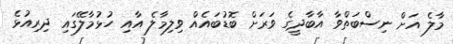
މާލެ އަށް ނިސްބަތްވާ އާބާދީގެ ވަރަށް ބޮޑުބައެއް ވިލިމާލެ އާއި ހުޅުމާލޭގައި ދިރިއުޅެ